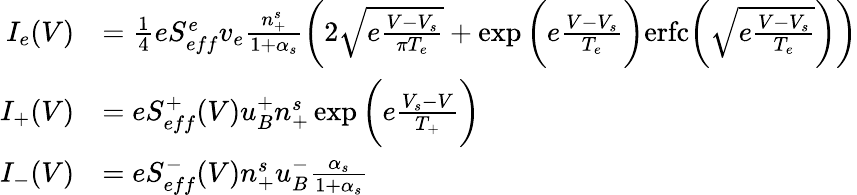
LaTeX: \begin{array}{rl}{I_{e}(V)}&{=\frac{1}{4}eS_{eff}^{e}v_{e}\frac{n_{+}^{s}}{1+\alpha_{s}}\bigg(2\sqrt{e\frac{V-V_{s}}{\pi T_{e}}}+\exp{\bigg(e\frac{V-V_{s}}{T_{e}}}\bigg)\mathrm{erfc}\bigg({\sqrt{e\frac{V-V_{s}}{T_{e}}}}\bigg)\bigg)}\\ {I_{+}(V)}&{=eS_{eff}^{+}(V)u_{B}^{+}n_{+}^{s}\exp\bigg({e\frac{V_{s}-V}{T_{+}}}\bigg)}\\ {I_{-}(V)}&{=eS_{eff}^{-}(V)n_{+}^{s}u_{B}^{-}\frac{\alpha_{s}}{1+\alpha_{s}}}\end{array}